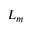
L _ { m }